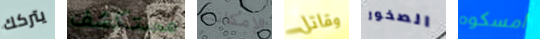
يتركك مستكشف الإمكانية وقاتل الصخور امسكوه